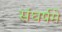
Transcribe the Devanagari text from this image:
संघर्षमें